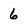
Character: 6